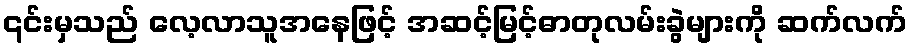
၎င်းမှသည် လေ့လာသူအနေဖြင့် အဆင့်မြင့်ဓာတုလမ်းခွဲများကို ဆက်လက်